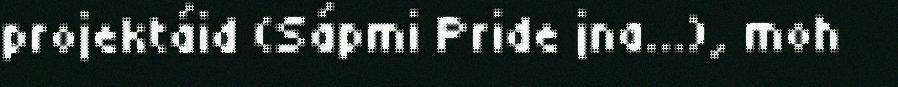
projektáid (Sápmi Pride jna...), moh